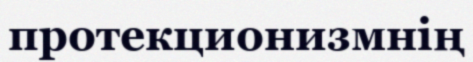
протекционизмнің